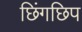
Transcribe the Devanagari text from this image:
छिंगछिप